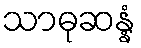
သာဓုဆန္နံ